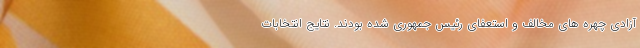
آزادی چهره های مخالف و استعفای رئیس جمهوری شده بودند. نتایج انتخابات